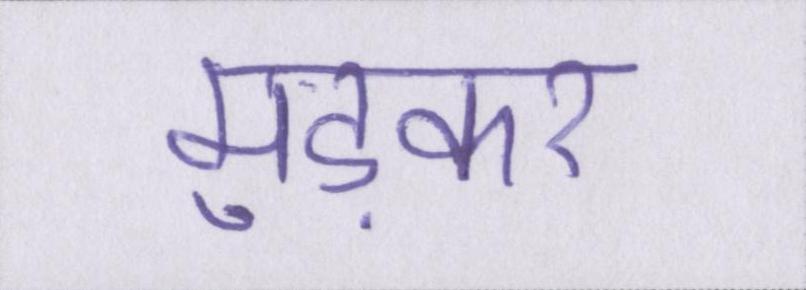
मुड़कर